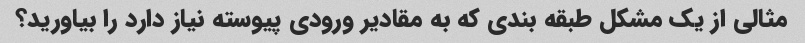
مثالی از یک مشکل طبقه بندی که به مقادیر ورودی پیوسته نیاز دارد را بیاورید؟